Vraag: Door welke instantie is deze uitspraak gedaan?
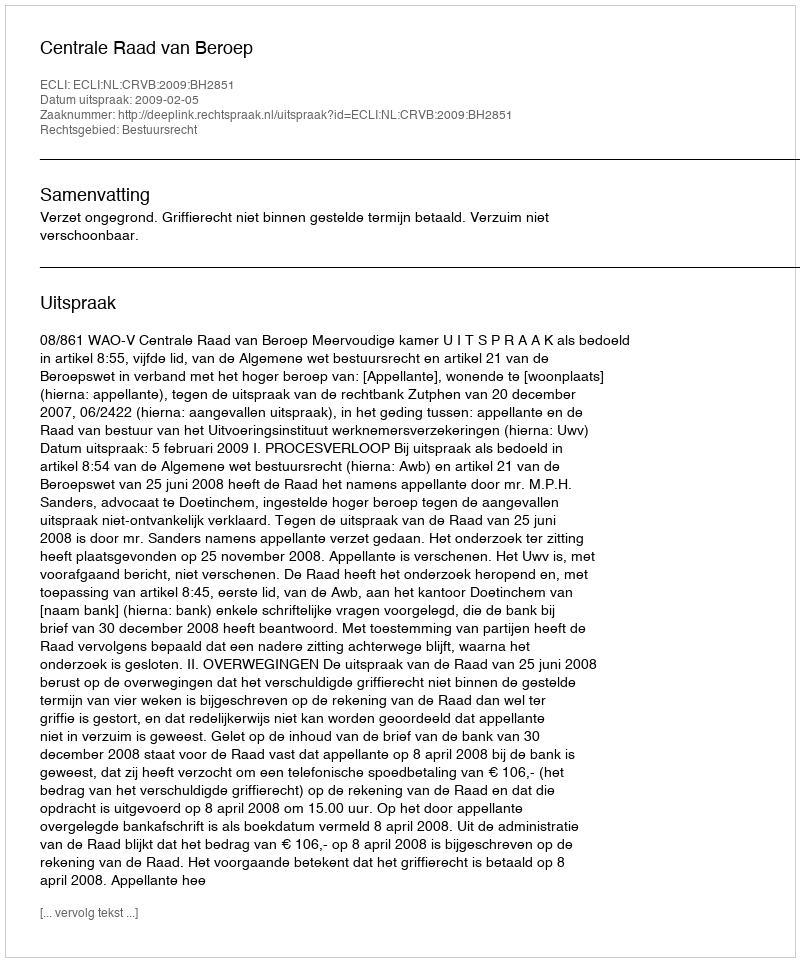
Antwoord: Centrale Raad van Beroep